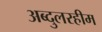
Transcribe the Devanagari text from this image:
अब्दुलरहीम